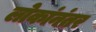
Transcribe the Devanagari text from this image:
लोकांनंतर